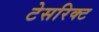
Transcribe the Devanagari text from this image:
टेसरिक्ट